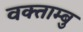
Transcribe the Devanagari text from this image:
वक्ताम्बु